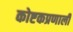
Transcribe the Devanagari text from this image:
कोष्टकप्रणाली